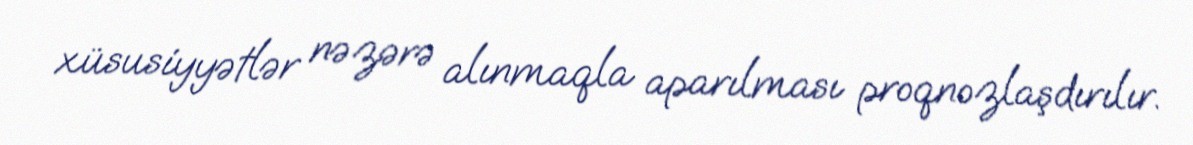
xüsusiyyətlər nəzərə alınmaqla aparılması proqnozlaşdırılır.